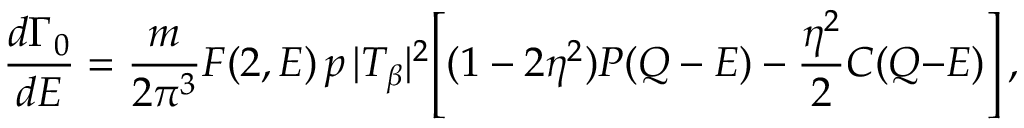
{ \frac { d \Gamma _ { 0 } } { d E } } = { \frac { m } { 2 \pi ^ { 3 } } } F ( 2 , E ) \, p \, | T _ { \beta } | ^ { 2 } \Biggr [ ( 1 - 2 \eta ^ { 2 } ) P ( Q - E ) - { \frac { \eta ^ { 2 } } { 2 } } C ( Q { - } E ) \Biggr ] \, ,